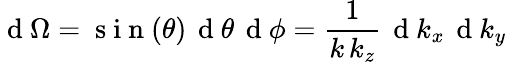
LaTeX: \mathrm{~d~}\Omega=\mathrm{~s~i~n~}(\theta)\, \mathrm{~d~}\theta\, \mathrm{~d~}\phi=\frac{1}{k\, k_{z}}\, \mathrm{~d~}k_{x}\, \mathrm{~d~}k_{y}